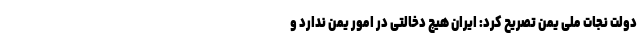
دولت نجات ملی یمن تصریح کرد: ایران هیچ دخالتی در امور یمن ندارد و